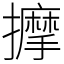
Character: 擵